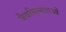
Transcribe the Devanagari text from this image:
जैवभिन्नताओं